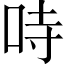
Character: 𠱾